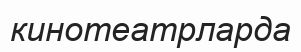
кинотеатрларда